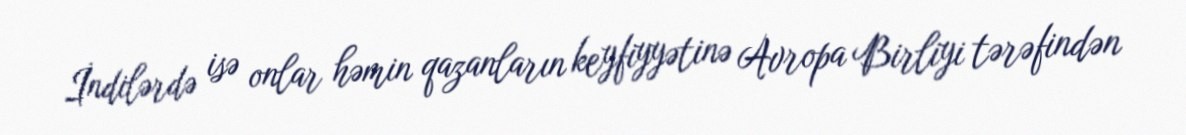
İndilərdə isə onlar həmin qazanların keyfiyyətinə Avropa Birliyi tərəfindən